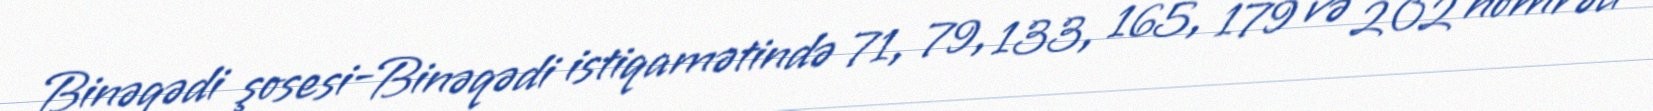
Binəqədi şosesi-Binəqədi istiqamətində 71, 79, 133, 165, 179 və 202 nömrəli